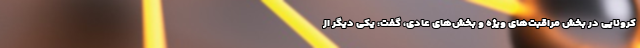
کرونایی در بخش‌ مراقبت‌های ویژه و بخش‌های عادی، گفت: یکی دیگر از